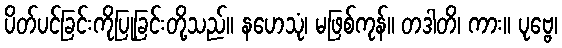
ပိတ်ပင်ခြင်းကိုပြုခြင်းတို့သည်။ နဟေသုံ၊ မဖြစ်ကုန်။ တဒါတိ၊ ကား။ ပုဗ္ဗေ၊